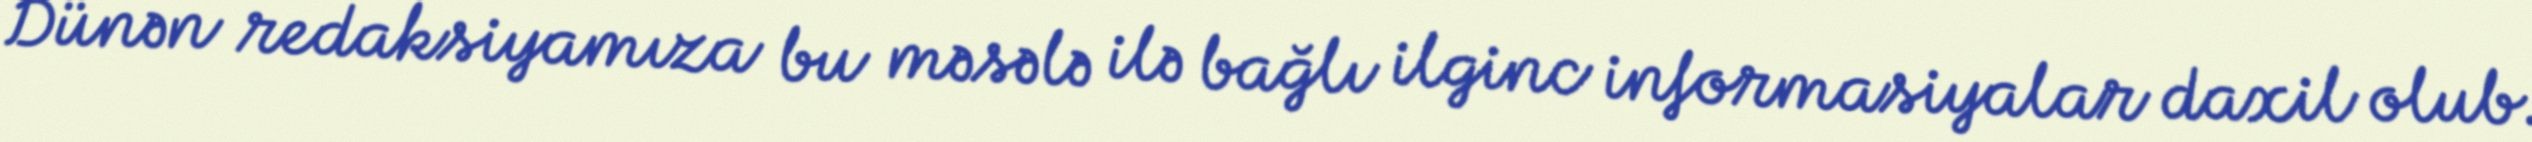
Dünən redaksiyamıza bu məsələ ilə bağlı ilginc informasiyalar daxil olub.